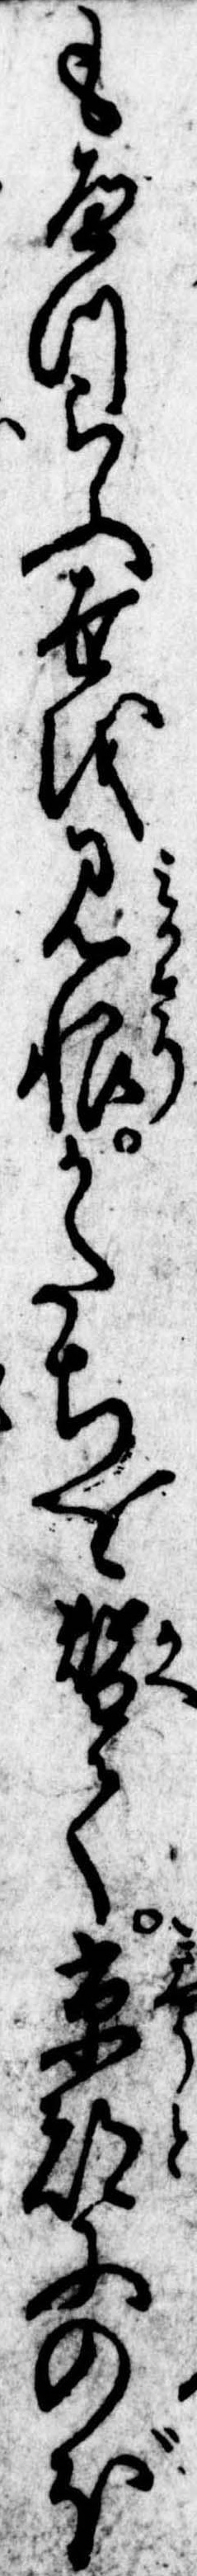
もへつらふ世を見限かたちを替て京都にのぼ